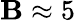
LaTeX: \mathbf{B}\approx5